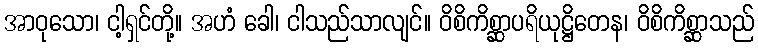
အာဝုသော၊ ငါ့ရှင်တို့။ အဟံ ခေါ၊ ငါသည်သာလျင်။ ဝိစိကိစ္ဆာပရိယုဋ္ဌိတေန၊ ဝိစိကိစ္ဆာသည်